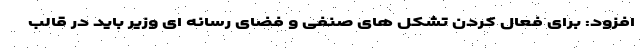
افزود: برای فعال کردن تشکل های صنفی و فضای رسانه ای وزیر باید در قالب